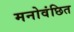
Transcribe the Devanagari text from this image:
मनोवंछित